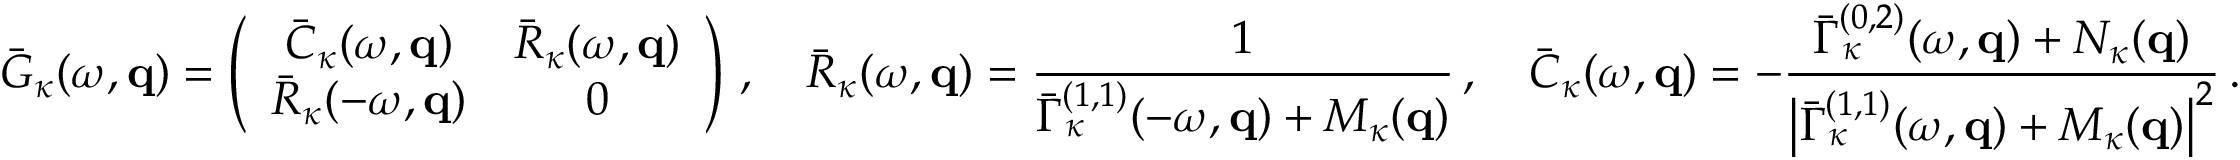
\bar { G } _ { \kappa } ( \omega , { \bf q } ) = \left( \begin{array} { c c } { \bar { C } _ { \kappa } ( \omega , { \bf q } ) } & { \bar { R } _ { \kappa } ( \omega , { \bf q } ) } \\ { \bar { R } _ { \kappa } ( - \omega , { \bf q } ) } & { 0 } \end{array} \right) \, , \quad \bar { R } _ { \kappa } ( \omega , { \bf q } ) = \frac { 1 } { \bar { \Gamma } _ { \kappa } ^ { ( 1 , 1 ) } ( - \omega , { \bf q } ) + { \cal M } _ { \kappa } ( { \bf q } ) } \, , \quad \bar { C } _ { \kappa } ( \omega , { \bf q } ) = - \frac { \bar { \Gamma } _ { \kappa } ^ { ( 0 , 2 ) } ( \omega , { \bf q } ) + { \cal N } _ { \kappa } ( { \bf q } ) } { \big | \bar { \Gamma } _ { \kappa } ^ { ( 1 , 1 ) } ( \omega , { \bf q } ) + { \cal M } _ { \kappa } ( { \bf q } ) \big | ^ { 2 } } \, .